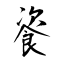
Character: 餈